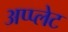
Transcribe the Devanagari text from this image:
अप्प्लेट